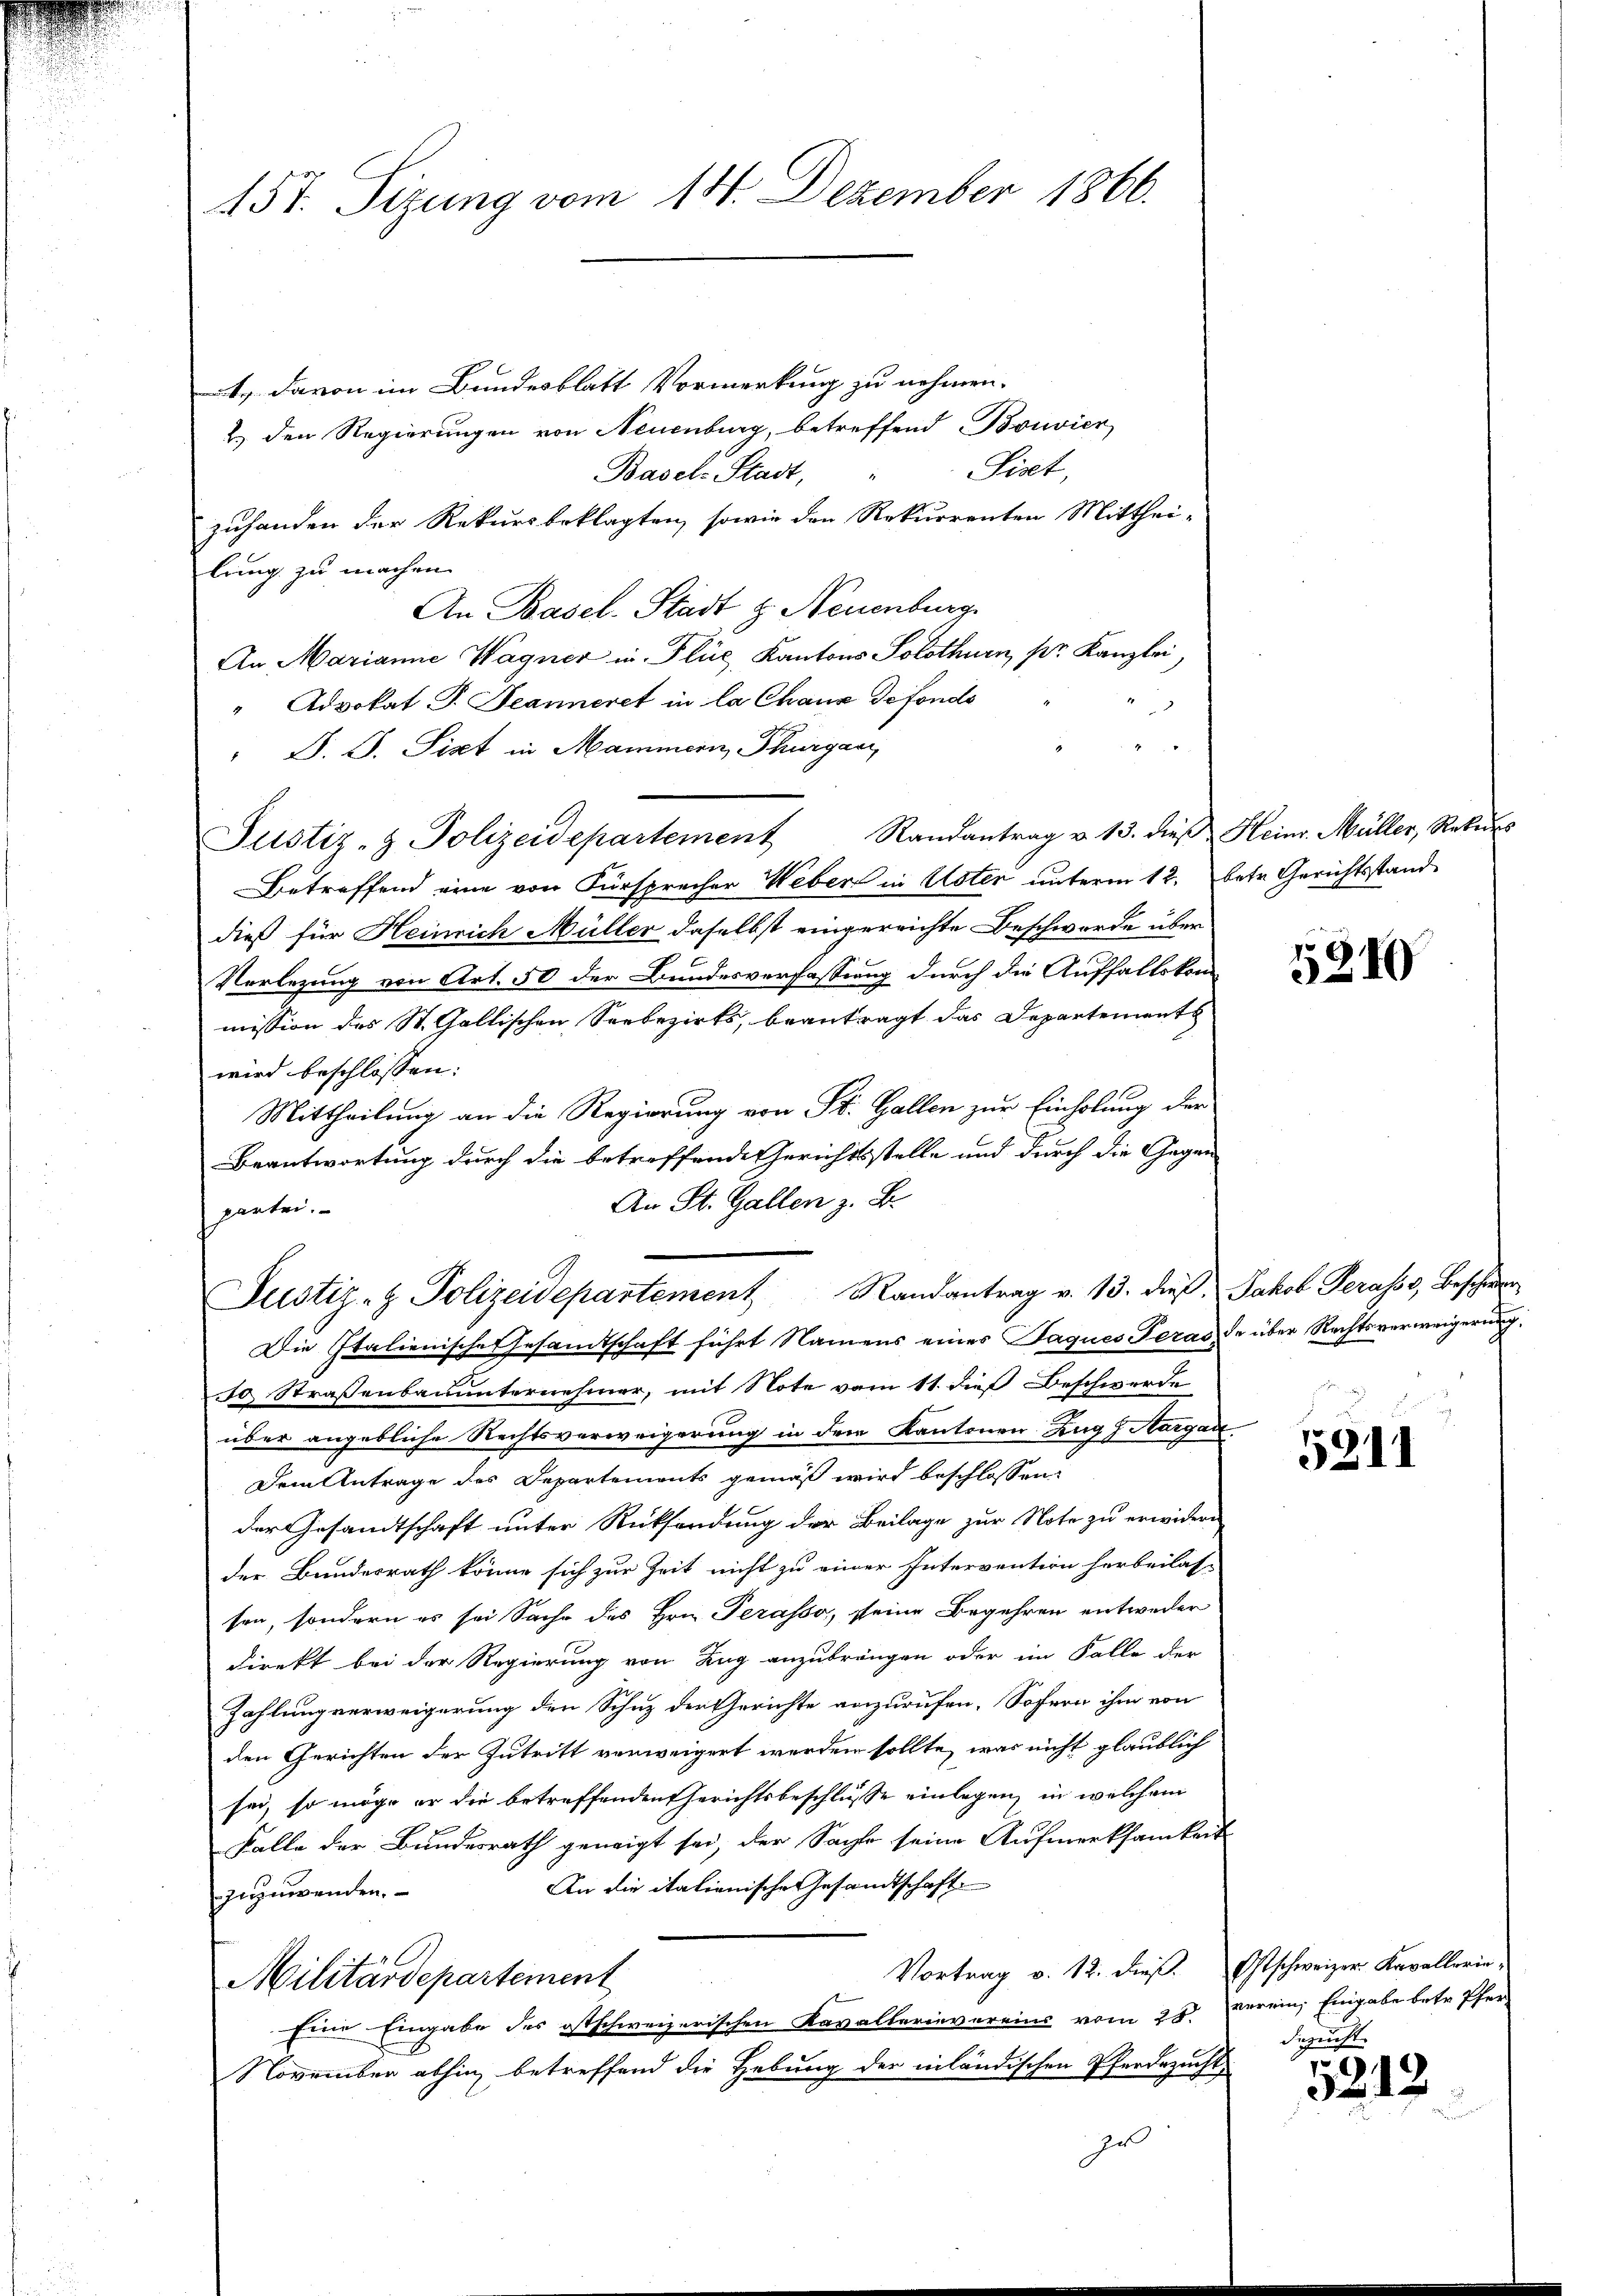
157. Sizung vom 14. Dezember 1866.

davon im Bundesblatt Vormerkung zu nehmen.
2 den Regierungen von Neuenburg, betreffend Bonvier
Siset,
Basel-Stadt,
zuhanden der Rekursbeklagten, sowie den Rekurrenten Mittheilung zu machen.
An Basel-Stadt z. Neuenburg
An Marianne Wagner in Flüe, Kantons Solothurn, pr. Kanzlei,
" Advokat J. Jeanneret in la Chaux defonds
" D. J. Sixt in Mammern, Thurgau,
Justiz- & Polizeidepartement Randantrag v. 13. dieβ Heinr. Müller, Rekurs
Betreffend eine von Fürsprecher Weber in Uster unterm 12. betr. Gerichtsstand
dieß für Heinrich Müller daselbst eingereichte Beschwerde über
Verlegung von Art. 50 der Bundesverfassung durch die Auffallskommission des St. Gallischen Seebezirks, beantragt das Departements
wird beschlossen:
Mittheilung an die Regierung von St. Gallen zur Einholung der
Beantwortung durch die betreffende Gerichtsstelle und durch die Gegen
An St. Gallen z. B.
partei.
Justiz- & Polizeidepartement Randantrag v. 13. dieß Jakob Perasis, Beschwer
Die Italienische Gesandtschaft führt Namens eines Jaques Teras de über Rechtsverweigerung
Ja Straßenbauunternehmer, mit Note vom 11. dieß Beschwerde
über angebliche Rechtsverweigerung in dem Kantonen Zug, Aargart
Dem Antrage des Departements gemäß wird beschlossen:
der Gesandtschaft unter Rücksendung der Beilage zur Note zu erwidern
der Bundesrath könne sich zur Zeit nicht zu einer Intervention herbeilas-
sen, sondern es sei Sache des Hrn. Terasso, seine Begehren entweder
direkt bei der Regierung von Zug anzubringen oder im Falle der
Zahlung verweigerung den Schutz der Gerichte anzurufen. Sofern ihm von
den Gerichten der Zutritt verweigert werden sollte, was nicht glaublich
sei, so möge er die betreffenden Gerichtsbeschlusse einlegen, in welchem
Falle der Bundesrath geneigt sei, der Sache seine Aufmerksamkeit
An die italienische Gesandtschaft
zuzuwenden.
Vortrag v. 12. dieß. Ostschweizer Kavallerin,
Militärdepartement
Eine Eingabe des ostschweizerischen Kavallerievereins vom 25. verein, Eingabe betr. Pfer
November abhin betreffend die Hebung der inländischen Pferdezucht,
zu

5210

5211

besucht.

5212